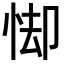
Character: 𪫸